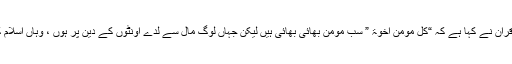
ارے نہیں قرآن نے کہا ہے کہ “کل مومن اخوۃ ” سب مومن بھائی بھائی ہیں لیکن جہاں لوگ مال سے لدے اونٹوں کے دین پر ہوں ، وہاں اسلام کا کیا کام ۔